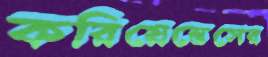
করিয়েন্তেসের